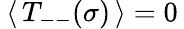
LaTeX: \: \langle\, T_{--}(\sigma)\, \rangle=0\: